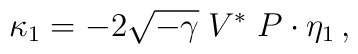
\kappa_1 = - 2  \sqrt{-\gamma} \;  V^* \; P \cdot \eta_1 \,,